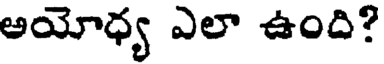
అయోధ్య ఎలా ఉంది?